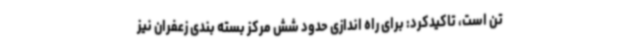
تن است، تاکیدکرد: برای راه اندازی حدود شش مرکز بسته بندی زعفران نیز